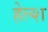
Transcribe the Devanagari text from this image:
हेल्श